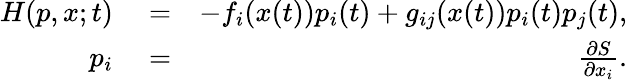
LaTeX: \begin{array}{rlr}{H(p,x;t)}&{{}=}&{-f_{i}(x(t))p_{i}(t)+g_{ij}(x(t))p_{i}(t)p_{j}(t),}\\ {p_{i}}&{{}=}&{\frac{\partial S}{\partial x_{i}}.}\end{array}